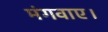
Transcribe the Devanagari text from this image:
मंगवाए।